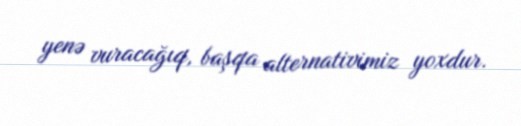
yenə vuracağıq, başqa alternativimiz yoxdur.